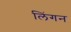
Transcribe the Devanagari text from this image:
लिंगन